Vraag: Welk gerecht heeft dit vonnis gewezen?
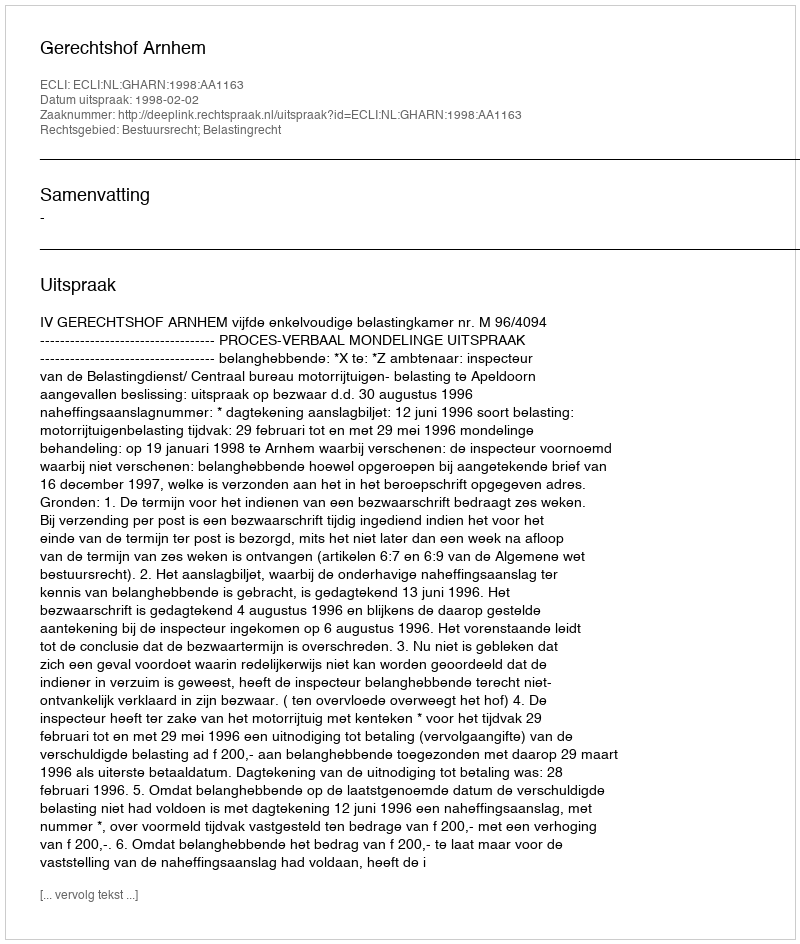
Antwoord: Gerechtshof Arnhem